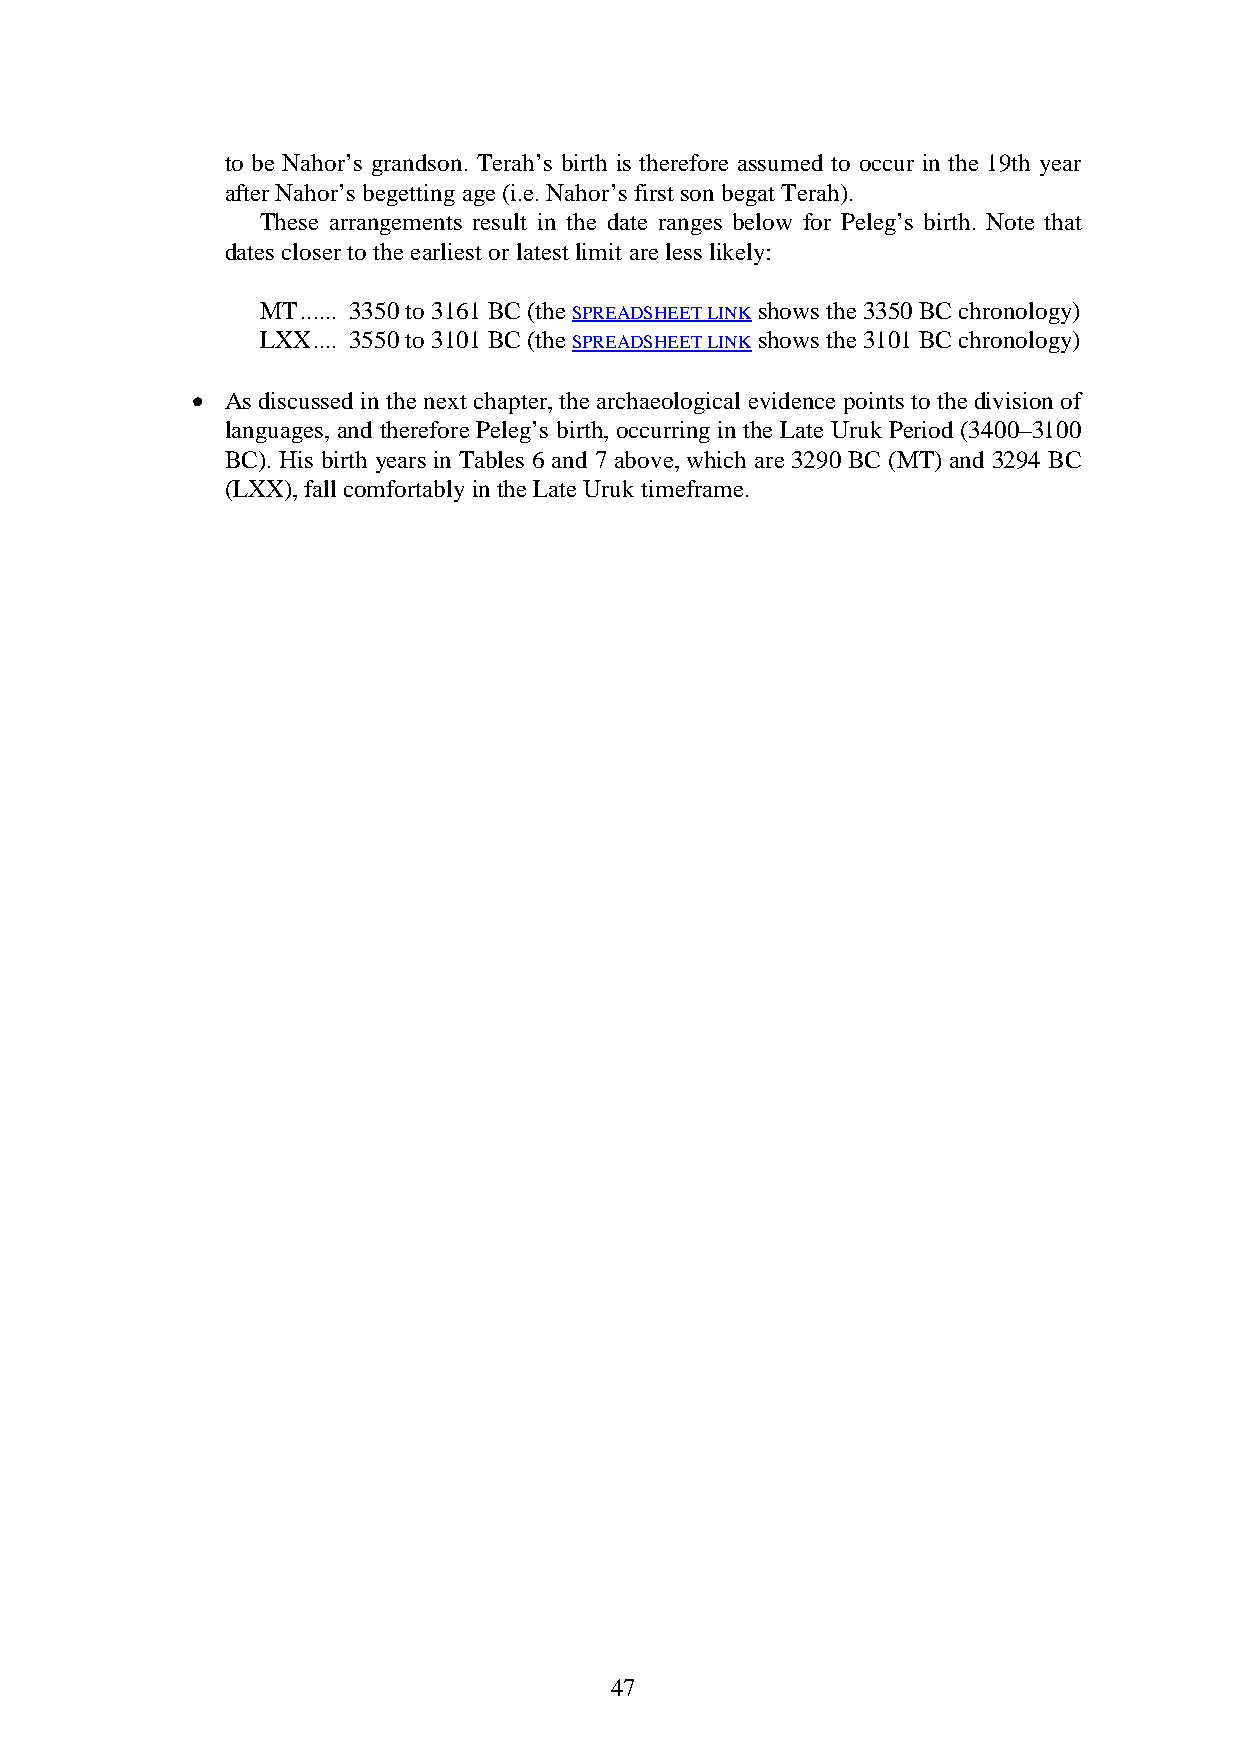
to be Nahor’s grandson. Terah’s birth is therefore assumed to occur in the 19th year
 after Nahor’s begetting age (i.e. Nahor’s first son begat Terah).
 These arrangements result in the date ranges below for Peleg’s birth. Note that
 dates closer to the earliest or latest limit are less likely:
 MT ...... 3350 to 3161 BC (the SPREADSHEET LINK shows the 3350 BC chronology)
 LXX .... 3550 to 3101 BC (the SPREADSHEET LINK shows the 3101 BC chronology)
 • As discussed in the next chapter, the archaeological evidence points to the division of
 languages, and therefore Peleg’s birth, occurring in the Late Uruk Period (3400–3100
 BC). His birth years in Tables 6 and 7 above, which are 3290 BC (MT) and 3294 BC
 (LXX), fall comfortably in the Late Uruk timeframe.
 47